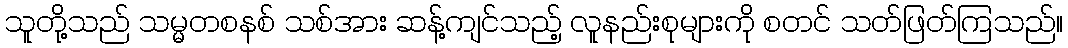
သူတို့သည် သမ္မတစနစ် သစ်အား ဆန့်ကျင်သည့် လူနည်းစုများကို စတင် သတ်ဖြတ်ကြသည်။